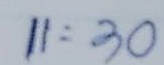
11 = 30